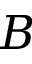
B